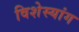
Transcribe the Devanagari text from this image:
विशेस्यांग